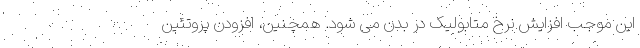
این موجب افزایش نرخ متابولیک در بدن می شود. همچنین، افزودن پروتئین